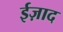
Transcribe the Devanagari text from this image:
ईज़ाद